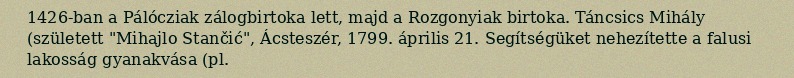
1426-ban a Pálócziak zálogbirtoka lett, majd a Rozgonyiak birtoka. Táncsics Mihály (született "Mihajlo Stančić", Ácsteszér, 1799. április 21. Segítségüket nehezítette a falusi lakosság gyanakvása (pl.